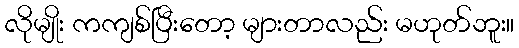
လိုမျိုး ကကျစ်ပြီးတော့ များတာလည်း မဟုတ်ဘူး။